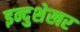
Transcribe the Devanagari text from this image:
इन्दुशेखर